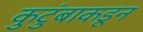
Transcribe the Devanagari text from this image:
कुटुंबाकडून